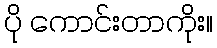
ပို ကောင်းတာကိုး။